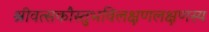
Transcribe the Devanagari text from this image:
श्रीवत्सकौस्तुभविलक्षणलक्षणस्य